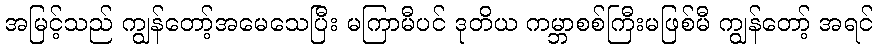
အမြင့်သည် ကျွန်တော့်အမေသေပြီး မကြာမီပင် ဒုတိယ ကမ္ဘာစစ်ကြီးမဖြစ်မီ ကျွန်တော့် အရင်